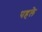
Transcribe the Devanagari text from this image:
पहलेे